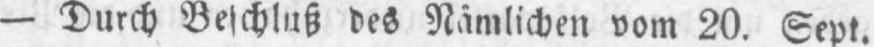
- Durch Beschluß des Nämlichen vom 20. Sept.